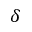
\delta